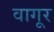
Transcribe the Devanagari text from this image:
वागूर